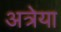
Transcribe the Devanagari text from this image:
अत्रेया